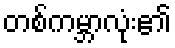
တစ်ကမ္ဘာလုံး၏